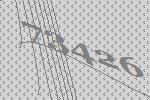
73426